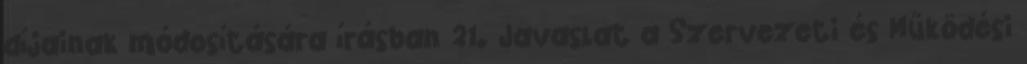
díjainak módosítására írásban 21. Javaslat a Szervezeti és Működési